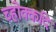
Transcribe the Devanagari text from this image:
च्होक्कदि